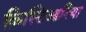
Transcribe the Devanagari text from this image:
क्रिस्टिआनिया